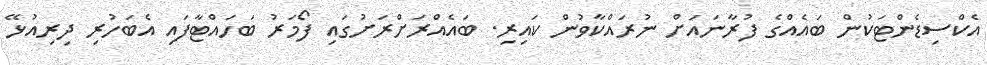
އެކްސިޑެންޓަކުން ބައެއްގެ ފުރާނައަށް ނުރައްކާވުން ކައިރި. ބައެއްރަށްރަށުގައި ފޯމަރު ބަހައްޓާފައި އެބަހުރި ދިރިއުޅޭ